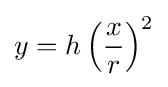
y=h\left({\frac {x}{r}}\right)^{2}